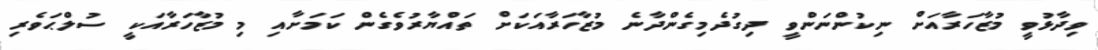
ވިދާޅުވީ މުޒާހަރާއަށް ނިކުންނަންވީ ދިގުދެމިގެންދާނެ މުޒާހަރާއަކަށް ތައްޔާރުވެގެން ކަމަށާއި މި މުޒާހަރާއަކީ ސުލްޙަވެރި